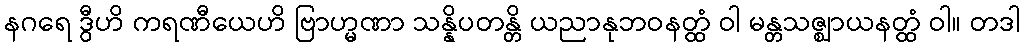
နဂရေ ဒွီဟိ ကရဏီယေဟိ ဗြာဟ္မဏာ သန္နိပတန္တိ ယညာနုဘဝနတ္ထံ ဝါ မန္တသဇ္ဈာယနတ္ထံ ဝါ။ တဒါ